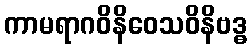
ကာမရာဂဝိနိဝေသဝိနိဗဒ္ဓ